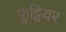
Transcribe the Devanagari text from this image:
फुट्वियर